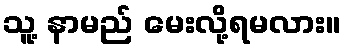
သူ့ နာမည် မေးလို့ရမလား။